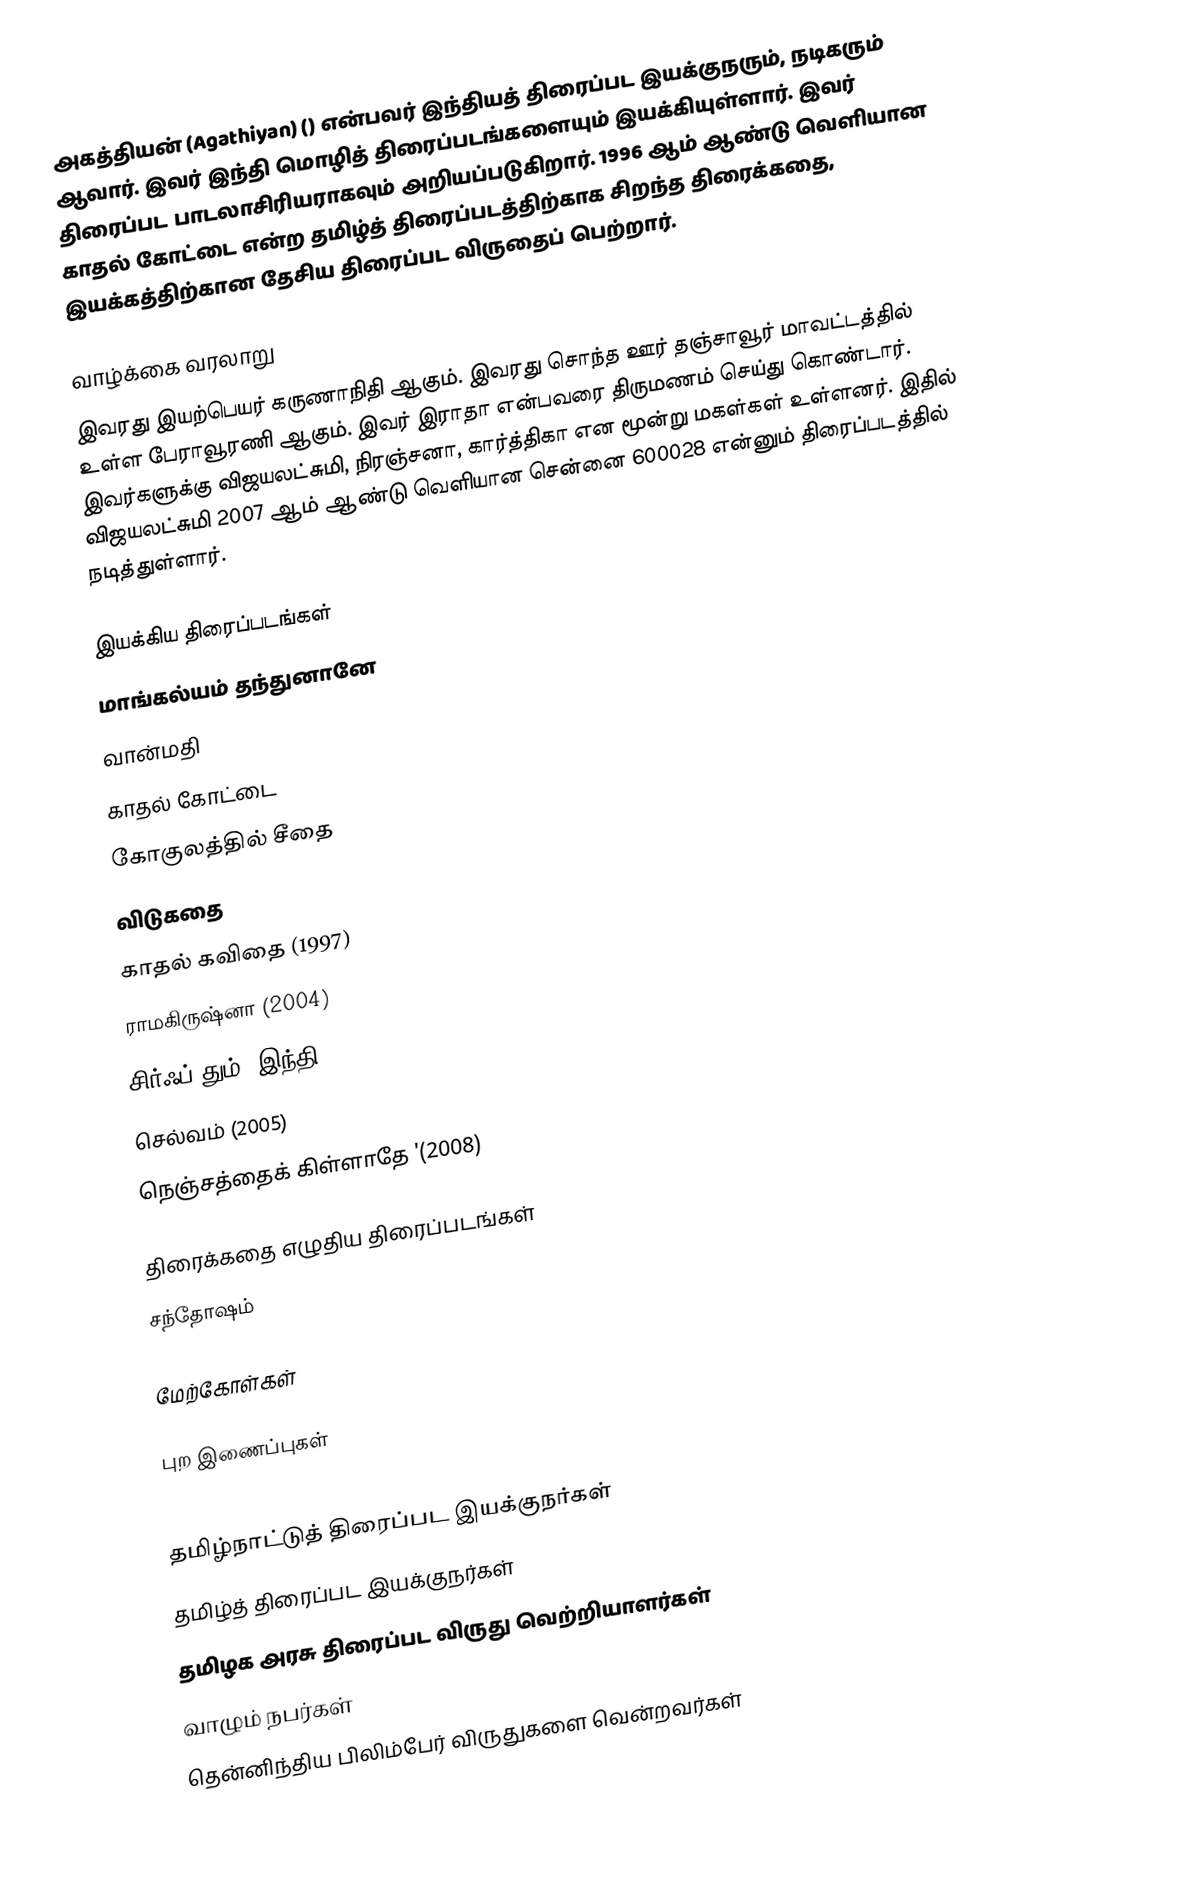
அகத்தியன் (Agathiyan) () என்பவர் இந்தியத் திரைப்பட இயக்குநரும், நடிகரும் ஆவார். இவர் இந்தி மொழித் திரைப்படங்களையும் இயக்கியுள்ளார். இவர் திரைப்பட பாடலாசிரியராகவும் அறியப்படுகிறார். 1996 ஆம் ஆண்டு வெளியான காதல் கோட்டை என்ற தமிழ்த் திரைப்படத்திற்காக சிறந்த திரைக்கதை, இயக்கத்திற்கான தேசிய திரைப்பட விருதைப் பெற்றார்.

வாழ்க்கை வரலாறு
இவரது இயற்பெயர் கருணாநிதி ஆகும். இவரது சொந்த ஊர் தஞ்சாவூர் மாவட்டத்தில் உள்ள பேராவூரணி ஆகும். இவர் இராதா என்பவரை திருமணம் செய்து கொண்டார். இவர்களுக்கு விஜயலட்சுமி, நிரஞ்சனா, கார்த்திகா என மூன்று மகள்கள் உள்ளனர். இதில் விஜயலட்சுமி 2007 ஆம் ஆண்டு வெளியான சென்னை 600028 என்னும் திரைப்படத்தில் நடித்துள்ளார்.

இயக்கிய திரைப்படங்கள்
 மாங்கல்யம் தந்துனானே
 வான்மதி
 காதல் கோட்டை
 கோகுலத்தில் சீதை
 விடுகதை
 காதல் கவிதை (1997)
 ராமகிருஷ்னா (2004)
 சிர்ஃப் தும் (இந்தி)
 செல்வம் (2005)
 நெஞ்சத்தைக் கிள்ளாதே '(2008)

திரைக்கதை எழுதிய திரைப்படங்கள்
 சந்தோஷம்

மேற்கோள்கள்

புற இணைப்புகள்

தமிழ்நாட்டுத் திரைப்பட இயக்குநர்கள்
தமிழ்த் திரைப்பட இயக்குநர்கள்
தமிழக அரசு திரைப்பட விருது வெற்றியாளர்கள்
வாழும் நபர்கள்
தென்னிந்திய பிலிம்பேர் விருதுகளை வென்றவர்கள்